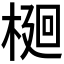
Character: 𭫎